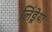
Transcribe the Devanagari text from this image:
लिंड्रेया